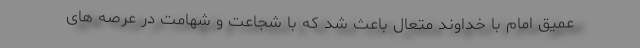
عمیق امام با خداوند متعال باعث شد که با شجاعت و شهامت در عرصه های